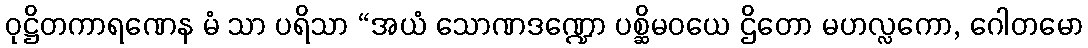
ဝုဋ္ဌိတကာရဏေန မံ သာ ပရိသာ “အယံ သောဏဒဏ္ဍော ပစ္ဆိမဝယေ ဌိတော မဟလ္လကော, ဂေါတမော